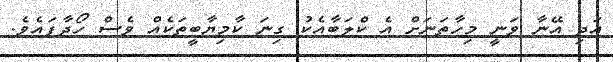
އަދި އޭނާ ވަނީ މިހާތަނަށް އެ ކްލަބާއެކު ގިނަ ކާމިޔާބީތަކެއް ވެސް ހޯދާފައެވެ.